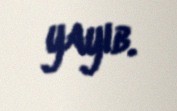
yayıb.